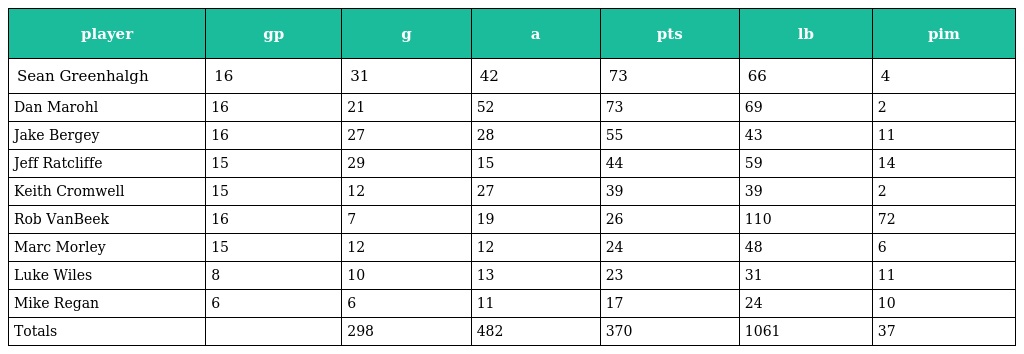
| player | gp | g | a | pts | lb | pim |
 | --- | --- | --- | --- | --- | --- | --- |
 | Sean Greenhalgh | 16 | 31 | 42 | 73 | 66 | 4 |
 | Dan Marohl | 16 | 21 | 52 | 73 | 69 | 2 |
 | Jake Bergey | 16 | 27 | 28 | 55 | 43 | 11 |
 | Jeff Ratcliffe | 15 | 29 | 15 | 44 | 59 | 14 |
 | Keith Cromwell | 15 | 12 | 27 | 39 | 39 | 2 |
 | Rob VanBeek | 16 | 7 | 19 | 26 | 110 | 72 |
 | Marc Morley | 15 | 12 | 12 | 24 | 48 | 6 |
 | Luke Wiles | 8 | 10 | 13 | 23 | 31 | 11 |
 | Mike Regan | 6 | 6 | 11 | 17 | 24 | 10 |
 | Totals |  | 298 | 482 | 370 | 1061 | 37 |